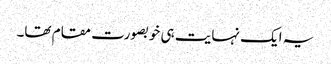
یہ ایک نہایت ہی خوبصورت مقام تھا۔